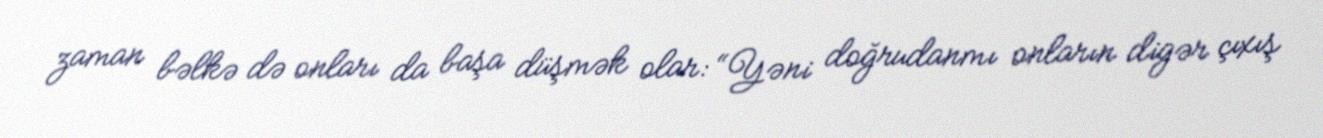
zaman bəlkə də onları da başa düşmək olar: “Yəni doğrudanmı onların digər çıxış